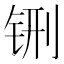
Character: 铏